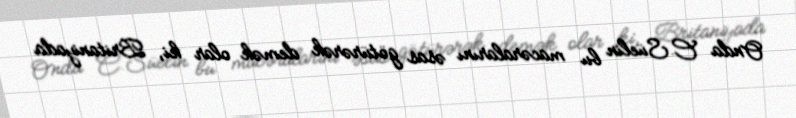
Onda C.Süelin bu macəralarını əsas götürərək demək olar ki, Britaniyada